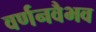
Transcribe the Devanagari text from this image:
वर्णनवैभव